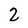
Character: 2